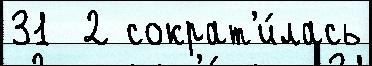
31  2 сократ'и́лась